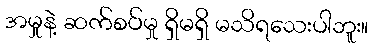
အမှုနဲ့ ဆက်စပ်မှု ရှိမရှိ မသိရသေးပါဘူး။